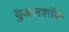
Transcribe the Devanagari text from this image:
डुअलशॉक